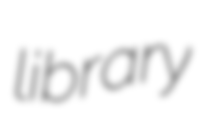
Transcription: library